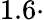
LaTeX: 1.6\cdot